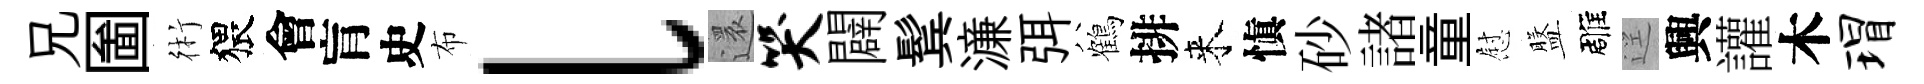
兄圗術猥會肓史布l還哭闢鬂濓弭鶴排来愼砂諸童慰盤雕逕興讙木瑁